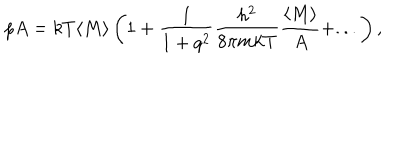
LaTeX: p A = k T \langle M \rangle \left( 1 + \frac { 1 } { 1 + q ^ { 2 } } \frac { h ^ { 2 } } { 8 \pi m k T } \frac { \langle M \rangle } { A } + . . . \right) ,